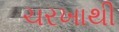
ચરખાથી